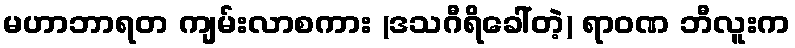
မဟာဘာရတ ကျမ်းလာစကား (ဒသဂီရိခေါ်တဲ့) ရာဝဏ ဘီလူးက